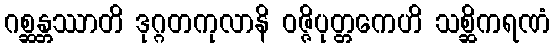
ဂစ္ဆန္တဿာတိ ဒုဂ္ဂတကုလာနိ ဝဇ္ဇိပုတ္တကေဟိ သစ္ဆိကရဏံ